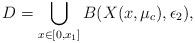
LaTeX: \begin{align*}D=\bigcup_{x\in [0,x_1]} B(X(x,\mu_c),\epsilon_2 ),\end{align*}